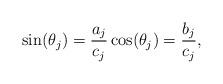
LaTeX: \begin{align*}\sin(\theta_j) = \frac{a_j}{c_j} \cos(\theta_j) = \frac{b_j}{c_j},\end{align*}